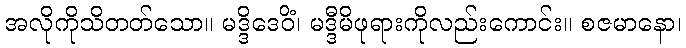
အလိုကိုသိတတ်သော။ မဒ္ဒိဒေဝိံ၊ မဒ္ဒီမိဖုရားကိုလည်းကောင်း။ စဇမာနော၊